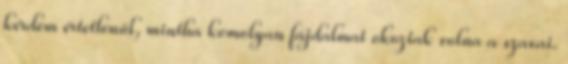
kérdem értetlenül, mintha komolyan fájdalmat okoztak volna a szavai.